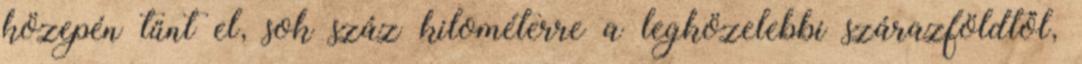
közepén tűnt el, sok száz kilométerre a legközelebbi szárazföldtől,